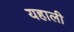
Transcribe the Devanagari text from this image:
यहाली